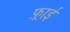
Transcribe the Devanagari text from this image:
फ़्राई